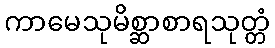
ကာမေသုမိစ္ဆာစာရသုတ္တံ